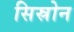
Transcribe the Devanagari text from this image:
सिस्रोन